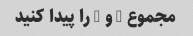
مجموع 2 و 3 را پیدا کنید